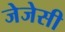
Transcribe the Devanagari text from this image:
जेजेसी